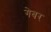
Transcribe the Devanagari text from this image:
गेबर